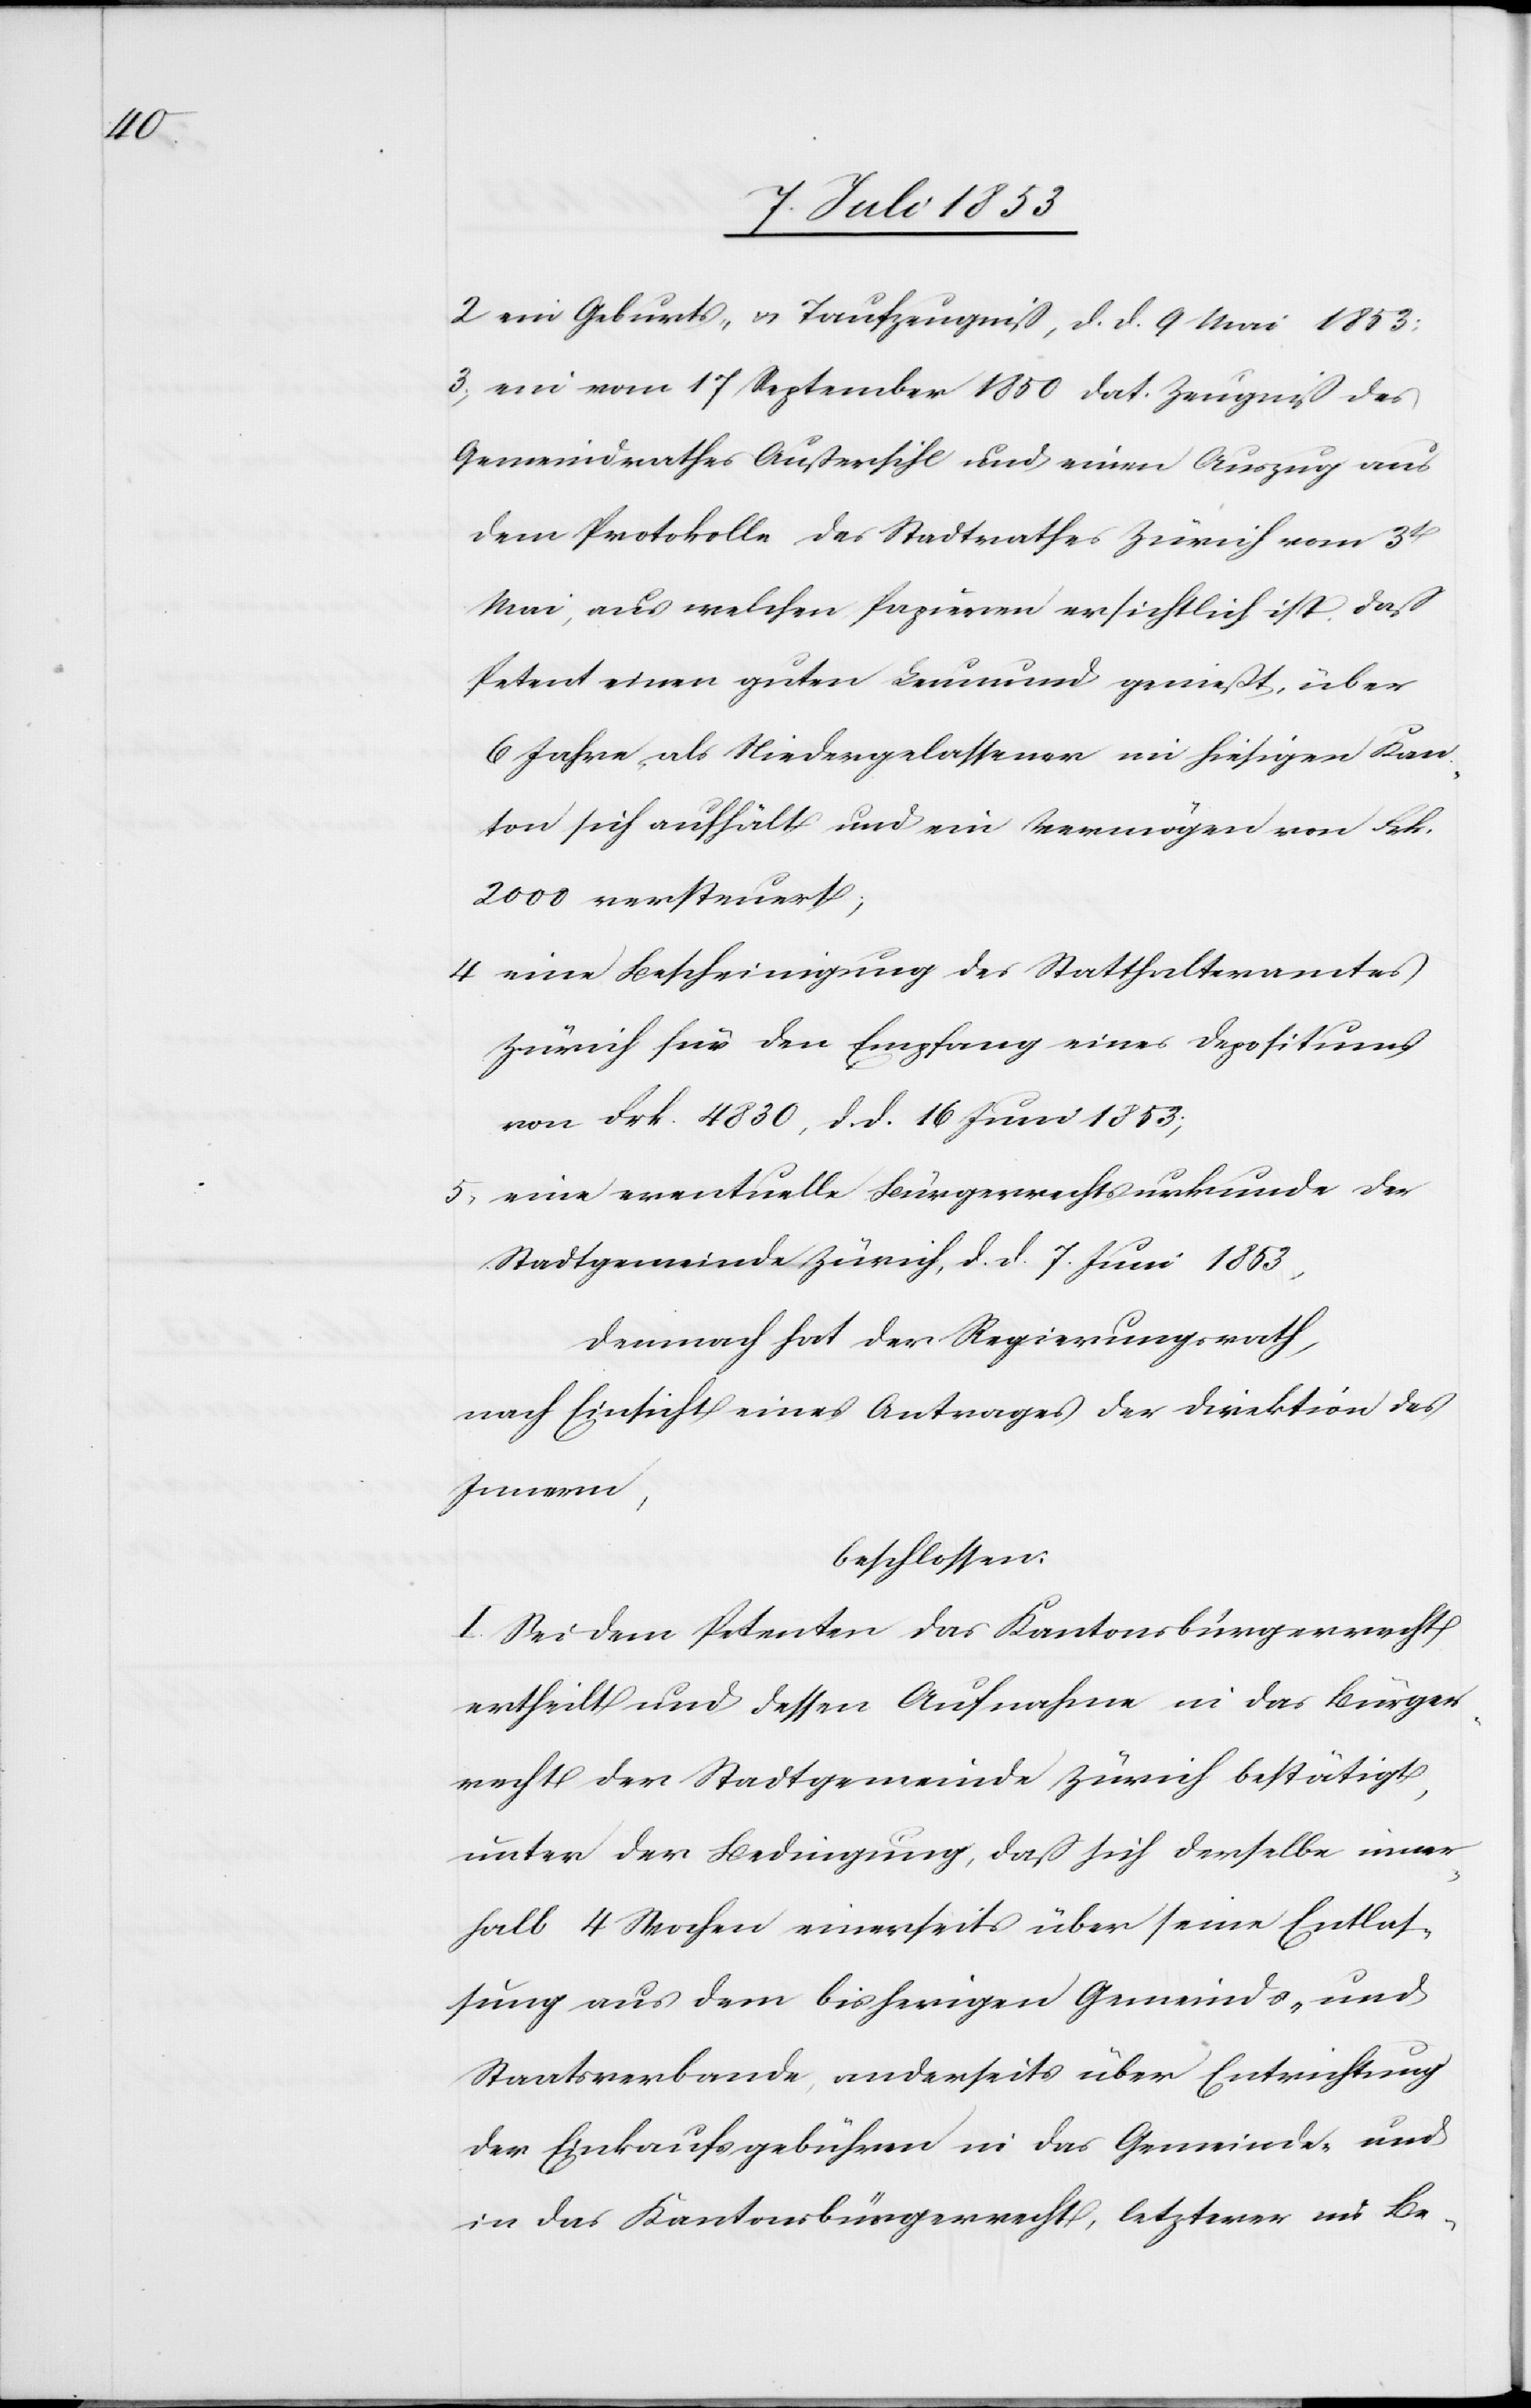
2. ein Geburts- u. Taufzeugniß, d. d. 9 Mai 1853
3, ein vom 17 September 1850 dat. Zeugniß des
Gemeindrathes Außersihl und einen Auszug aus
dem Protokolle des Stadtrathes Zürich vom 3t
Mai, aus welchen Papieren ersichtlich ist, daß
Petent einen guten Leumund genießt, über
6 Jahre als Niedergelassener im hiesigen Kan¬
ton sich aufhält und ein Vermögen von Frk.
2000 versteuert,
4 eine Bescheinigung des Statthalteramtes
Zürich für den Empfang eines Depositums
von Frk. 4830, d. d. 16 Juni 1853;
5, eine eventuelle Bürgerrechtsurkunde der
Stadtgemeinde Zürich, d. d. 7 Juni 1853,
Demnach hat der Regierungsrath,
nach Einsicht eines Antrages der Direktion des
Innern,
beschloßen:
I. Sei dem Petenten das Kantonsbürgerrecht
ertheilt und dessen Aufnahme in das Bürger¬
recht der Stadtgemeinde Zürich bestätigt,
unter der Bedingung, daß sich derselbe inner¬
halb 4 Wochen einerseits über seine Entlas¬
sung aus dem bisherigen Gemeinds- und
Staatsverbande, anderseits über Entrichtung
der Einkaufsgebühren in das Gemeinds- und
in das Kantonsbürgerrecht, letzterer im Be-